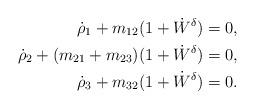
LaTeX: \begin{align*}\dot \rho_1+m_{12}(1+\dot W^{\delta})&=0,\\\dot \rho_2+(m_{21}+m_{23} )(1+\dot W^{\delta})&=0,\\\dot \rho_3+m_{32}(1+\dot W^{\delta})&=0.\end{align*}